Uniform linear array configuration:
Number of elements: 8
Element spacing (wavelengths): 0.5
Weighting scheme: uniform
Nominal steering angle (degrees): -15
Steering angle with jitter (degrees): -16.802
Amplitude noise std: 0.05
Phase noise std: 0.05

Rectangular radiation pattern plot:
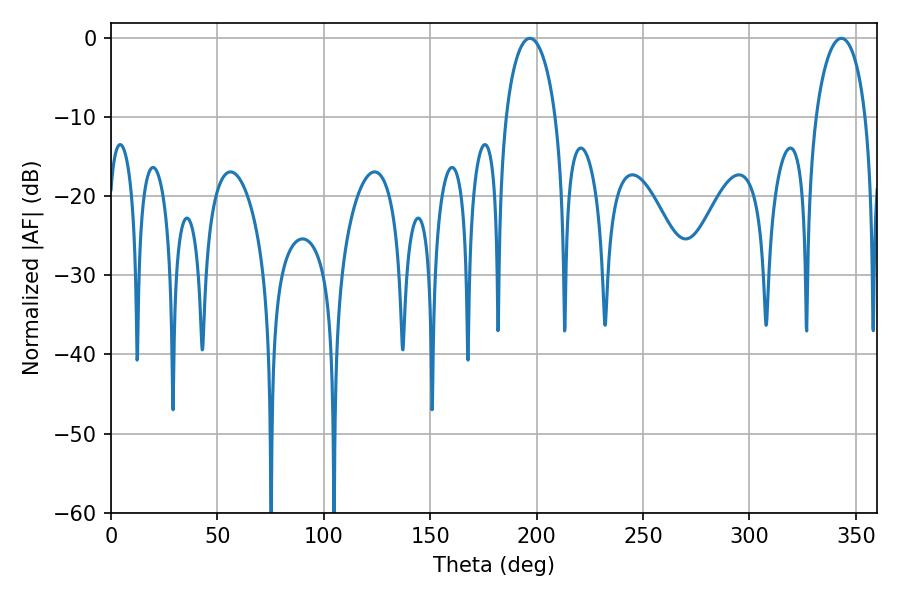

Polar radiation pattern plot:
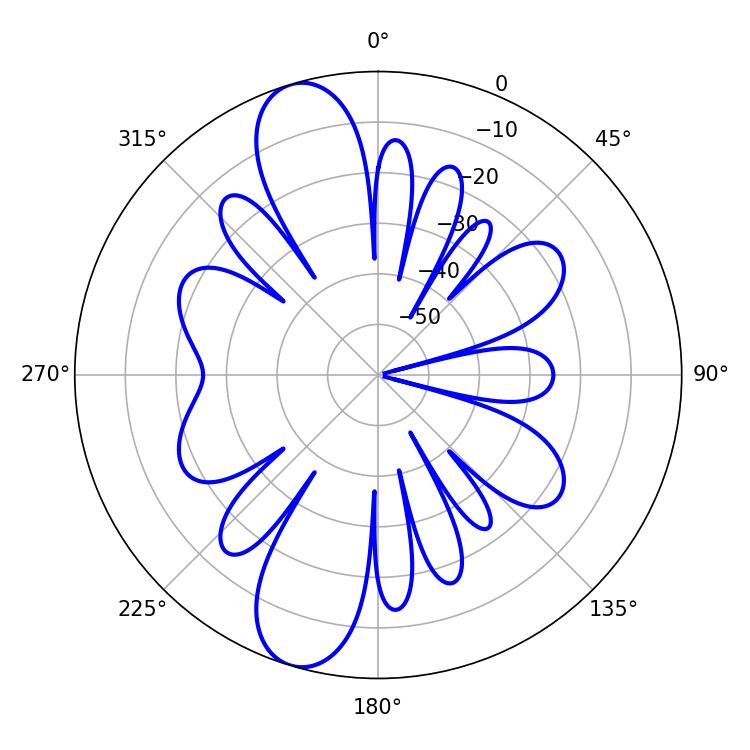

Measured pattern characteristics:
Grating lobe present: FALSE
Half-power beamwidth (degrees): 13.5
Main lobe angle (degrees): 196.74